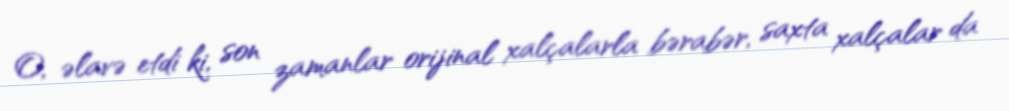
O, əlavə etdi ki, son zamanlar orijinal xalçalarla bərabər, saxta xalçalar da